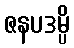
ဇနပဒမ္ပိ